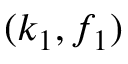
( k _ { 1 } , f _ { 1 } )